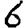
Digit: 6